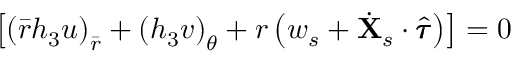
\begin{array} { r } { \left[ \left( \bar { r } h _ { 3 } u \right) _ { \bar { r } } + \left( h _ { 3 } v \right) _ { \theta } + r \left( w _ { s } + \dot { \mathbf { X } } _ { s } \cdot \hat { \pmb { \tau } } \right) \right] = 0 } \end{array}